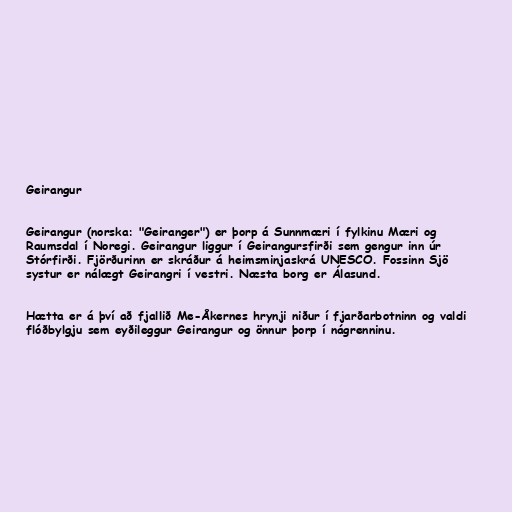
Geirangur

Geirangur (norska: "Geiranger") er þorp á Sunnmæri í fylkinu Mæri og
Raumsdal í Noregi. Geirangur liggur í Geirangursfirði sem gengur inn úr
Stórfirði. Fjörðurinn er skráður á heimsminjaskrá UNESCO. Fossinn Sjö
systur er nálægt Geirangri í vestri. Næsta borg er Álasund.

Hætta er á því að fjallið Me-Åkernes hrynji niður í fjarðarbotninn og valdi
flóðbylgju sem eyðileggur Geirangur og önnur þorp í nágrenninu.